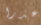
عذرا